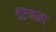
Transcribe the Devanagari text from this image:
टिवळा